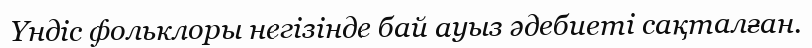
Үндіс фольклоры негізінде бай ауыз әдебиеті сақталған.